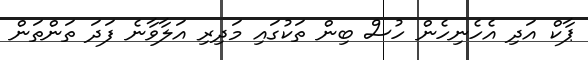
ޕާކް އަދި އެހެނިހެން ހުސް ބިން ތަކުގައި މަދިރި އަލާވާނެ ފަދަ ތަންތަން